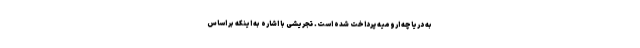
به دریاچه ارومیه پرداخت شده است. تجریشی با اشاره به اینکه بر اساس